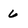
Character: 6